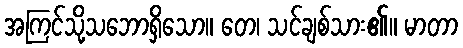
အကြင်သို့သဘောရှိသော။ တေ၊ သင်ချစ်သား၏။ မာတာ